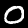
Label: 0